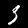
Digit: 3